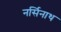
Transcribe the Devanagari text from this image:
नर्सिनाथ